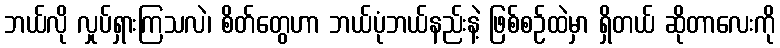
ဘယ်လို လှုပ်ရှားကြသလဲ၊ စိတ်တွေဟာ ဘယ်ပုံဘယ်နည်းနဲ့ ဖြစ်စဉ်ထဲမှာ ရှိတယ် ဆိုတာလေးကို